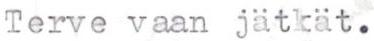
Terve vaan jätkät.